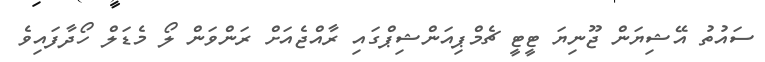
ސައުތު އޭޝިޔަން ޖޫނިޔަ ޓީޓީ ޗެމްޕިއަންޝިޕްގައި ރާއްޖެއަށް ރަންވަން ލޯ މެޑަލް ހޯދާފައިވެ